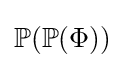
\mathbb {P} (\mathbb {P} (\Phi ))